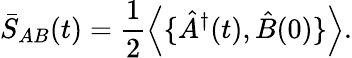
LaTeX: \bar{S}_{AB}(t)=\frac{1}{2}\left\langle{\{ \hat{A}^{\dagger}(t),\hat{B}(0)\} }\right\rangle.